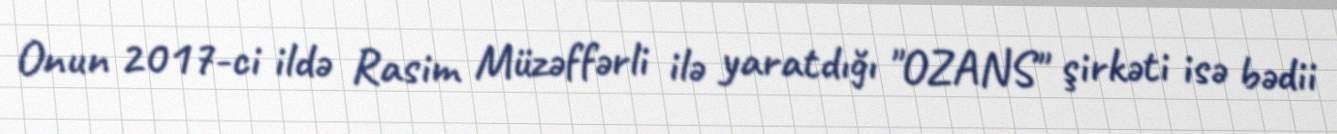
Onun 2017-ci ildə Rasim Müzəffərli ilə yaratdığı "OZANS" şirkəti isə bədii